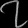
Digit: ၇